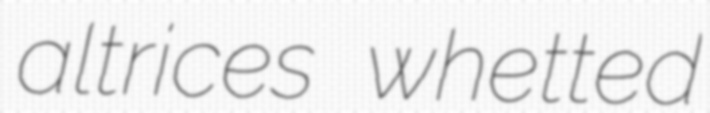
altrices whetted